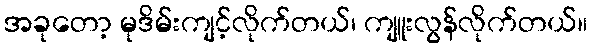
အခုတော့ မုဒိမ်းကျင့်လိုက်တယ်၊ ကျူးလွန်လိုက်တယ်။